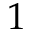
1